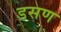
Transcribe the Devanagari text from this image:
डसण